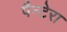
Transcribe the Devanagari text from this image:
पैन्टेरा